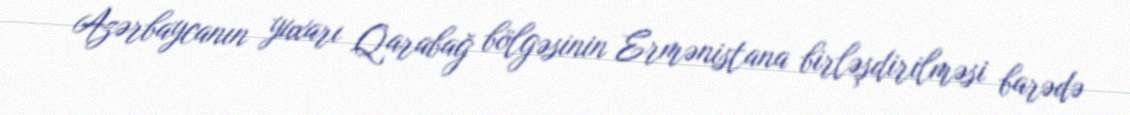
Azərbaycanın yuxarı Qarabağ bölgəsinin Ermənistana birləşdirilməsi barədə